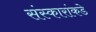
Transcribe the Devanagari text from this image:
संस्कारांकडे